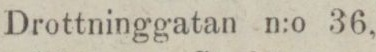
Drottninggatan n:o 36,